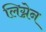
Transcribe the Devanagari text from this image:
लिग्नेन